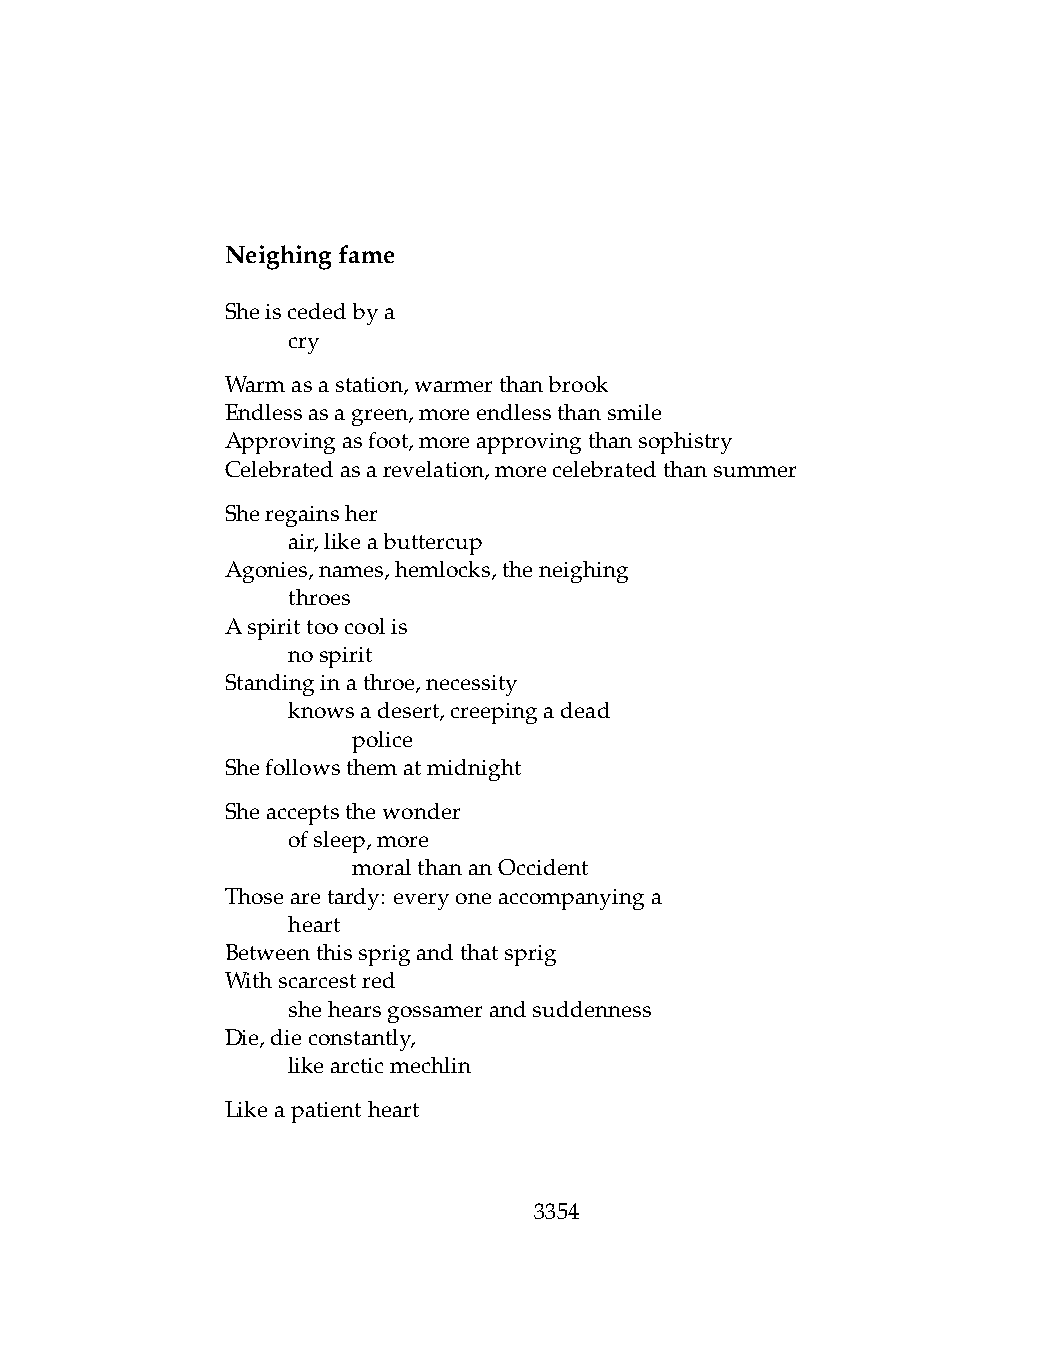
Neighingfame
 Sheiscededbya
 .   cry
 Warmasastation,warmerthanbrook
 Endlessasagreen,moreendlessthansmile
 Approvingasfoot,moreapprovingthansophistry
 Celebratedasarevelation,morecelebratedthansummer
 Sheregainsher
 .   air,likeabuttercup
 Agonies,names,hemlocks,theneighing
 .   throes
 Aspirittoocoolis
 .   nospirit
 Standinginathroe,necessity
 .   knowsadesert,creepingadead
 .   .   police
 Shefollowsthematmidnight
 Sheacceptsthewonder
 .   ofsleep,more
 .   .   moralthananOccident
 Thosearetardy: everyoneaccompanyinga
 .   heart
 Betweenthissprigandthatsprig
 Withscarcestred
 .   shehearsgossamerandsuddenness
 Die,dieconstantly,
 .   likearcticmechlin
 Likeapatientheart
 3354